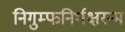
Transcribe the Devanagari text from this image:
निगुम्फनिर्भक्षरन्म